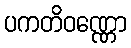
ပကတိဝဏ္ဏော